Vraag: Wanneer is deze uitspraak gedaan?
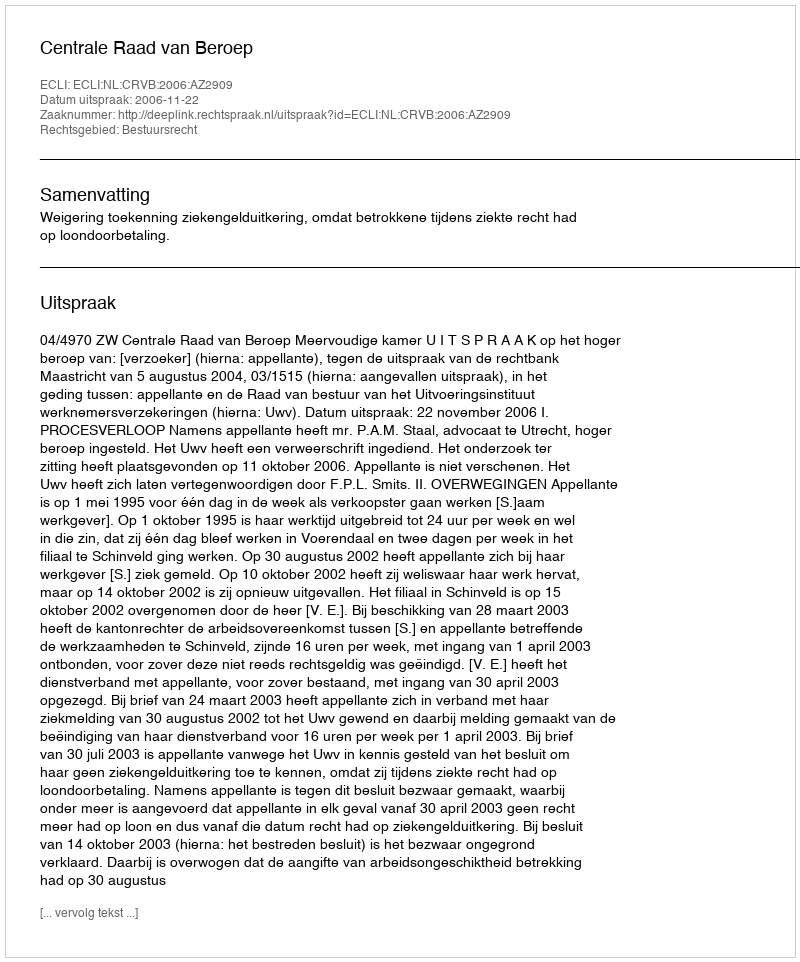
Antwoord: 2006-11-22